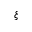
\xi